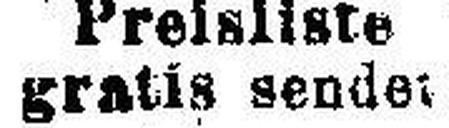
gratis sende###